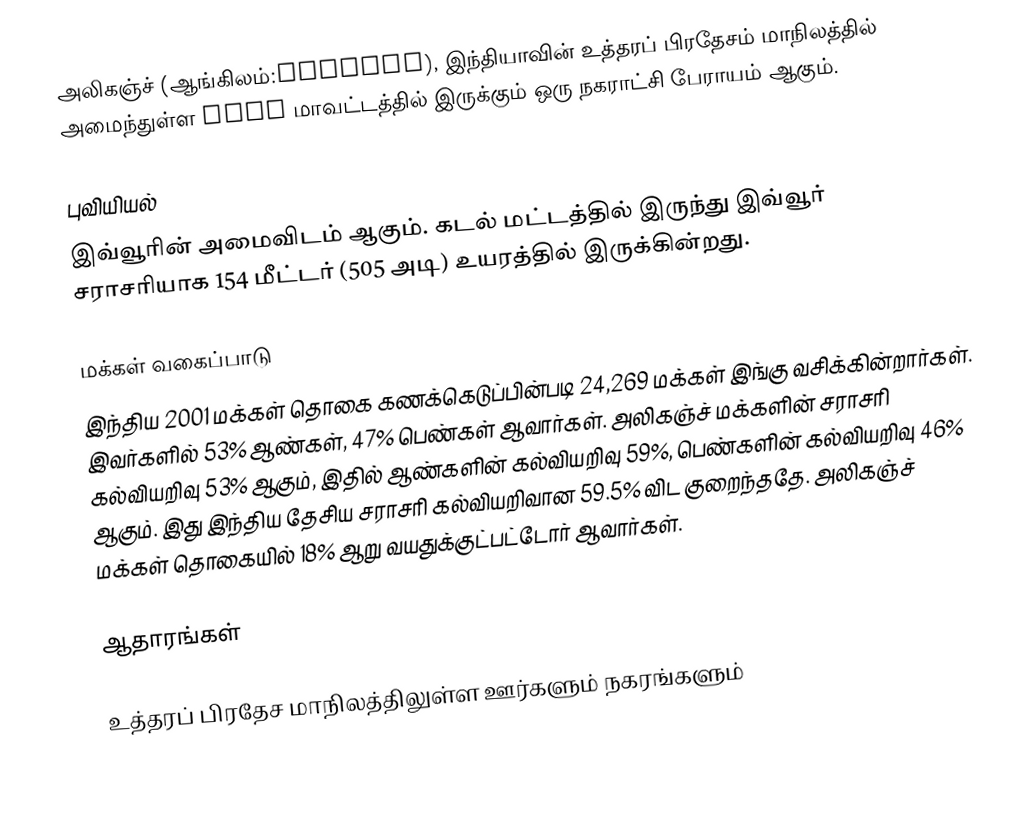
அலிகஞ்ச் (ஆங்கிலம்:Aliganj), இந்தியாவின் உத்தரப் பிரதேசம் மாநிலத்தில் அமைந்துள்ள Etah மாவட்டத்தில் இருக்கும் ஒரு நகராட்சி பேராயம் ஆகும்.

புவியியல்
இவ்வூரின் அமைவிடம்  ஆகும். கடல் மட்டத்தில் இருந்து இவ்வூர் சராசரியாக 154 மீட்டர் (505 அடி) உயரத்தில் இருக்கின்றது.

மக்கள் வகைப்பாடு
இந்திய 2001 மக்கள் தொகை கணக்கெடுப்பின்படி 24,269 மக்கள் இங்கு வசிக்கின்றார்கள். இவர்களில் 53% ஆண்கள், 47% பெண்கள் ஆவார்கள். அலிகஞ்ச் மக்களின் சராசரி கல்வியறிவு 53% ஆகும்,  இதில் ஆண்களின் கல்வியறிவு 59%,  பெண்களின் கல்வியறிவு 46% ஆகும். இது இந்திய தேசிய சராசரி கல்வியறிவான 59.5% விட குறைந்ததே. அலிகஞ்ச் மக்கள் தொகையில் 18%  ஆறு வயதுக்குட்பட்டோர் ஆவார்கள்.

ஆதாரங்கள்

உத்தரப் பிரதேச மாநிலத்திலுள்ள ஊர்களும் நகரங்களும்